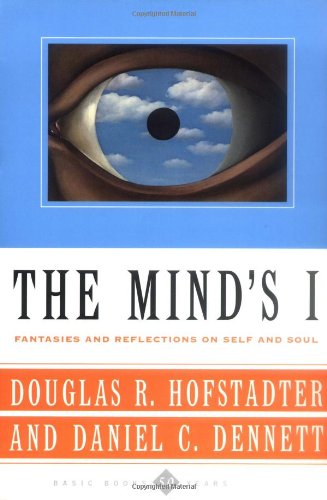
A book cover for The Mind's I: Fantasies And Reflections On Self & Soul; Douglas R. Hofstadter; Politics & Social Sciences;